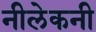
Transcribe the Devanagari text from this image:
नीलेकनी